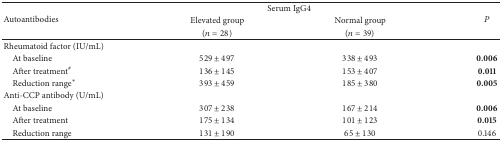
| <ROWSPAN=3> Autoantibodies | <COLSPAN=2> Serum IgG4 | <ROWSPAN=3> P |
 | Elevated group | Normal group |
 | (n = 28) | (n = 39) |
 | --- | --- | --- | --- |
 | Rheumatoid factor (IU/mL) |  |  |  |
 | At baseline | 529 ± 497 | 338 ± 493 | 0.006 |
 | After treatment# | 136 ± 145 | 153 ± 407 | 0.011 |
 | Reduction range* | 393 ± 459 | 185 ± 380 | 0.005 |
 | Anti-CCP antibody (U/mL) |  |  |  |
 | At baseline | 307 ± 238 | 167 ± 214 | 0.006 |
 | After treatment | 175 ± 134 | 101 ± 123 | 0.015 |
 | Reduction range | 131 ± 190 | 65 ± 130 | 0.146 |